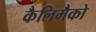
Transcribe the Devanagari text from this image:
कैलिमैको